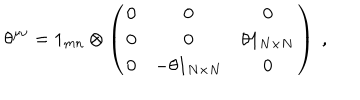
\theta ^ { \mu \nu } = 1 _ { m n } \otimes \left( \begin{array} { c c c } { { 0 } } & { { 0 } } & { { 0 } } \\ { { 0 } } & { { 0 } } & { { \theta 1 _ { N \times N } } } \\ { { 0 } } & { { - \theta 1 _ { N \times N } } } & { { 0 } } \\ \end{array} \right) \ ,